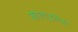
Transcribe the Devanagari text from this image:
कोलाइटिस